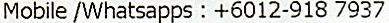
MOBILE /WHATSAPPS : +6012-918 7937